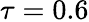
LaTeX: \tau=0.6